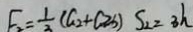
F _ { 2 } = \frac { 1 } { 2 } ( G _ { 2 } + G 2 b ) S _ { 2 } = 3 h